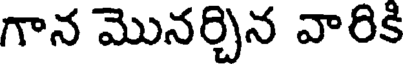
గాన మొనర్చిన వారికి